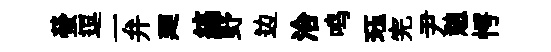
螢逗一弁廽縞野边洽鸣珏完尹憩愕